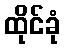
ထိုင်ခုံ